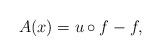
LaTeX: \begin{align*} A(x)=u \circ f-f,\end{align*}